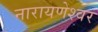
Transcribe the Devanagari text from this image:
नारायणेश्वर